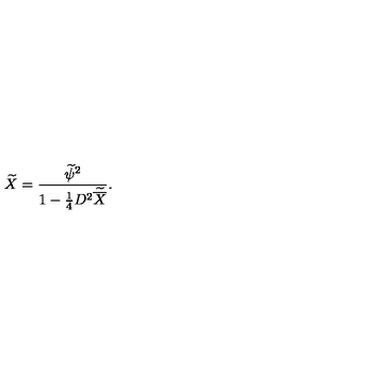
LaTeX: \widetilde X = { \frac { \widetilde \psi ^ { 2 } } { 1 - { \frac { 1 } { 4 } } D ^ { 2 } \widetilde { \overline { X } } } } .